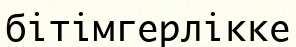
бітімгерлікке